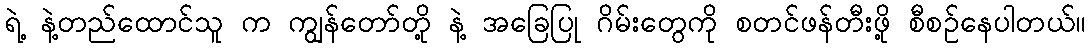
ရဲ့ နဲ့တည်ထောင်သူ က ကျွန်တော်တို့ နဲ့ အခြေပြု ဂိမ်းတွေကို စတင်ဖန်တီးဖို့ စီစဉ်နေပါတယ်။